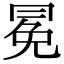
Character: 冕